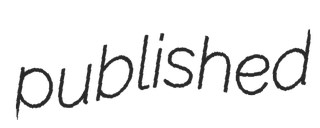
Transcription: published